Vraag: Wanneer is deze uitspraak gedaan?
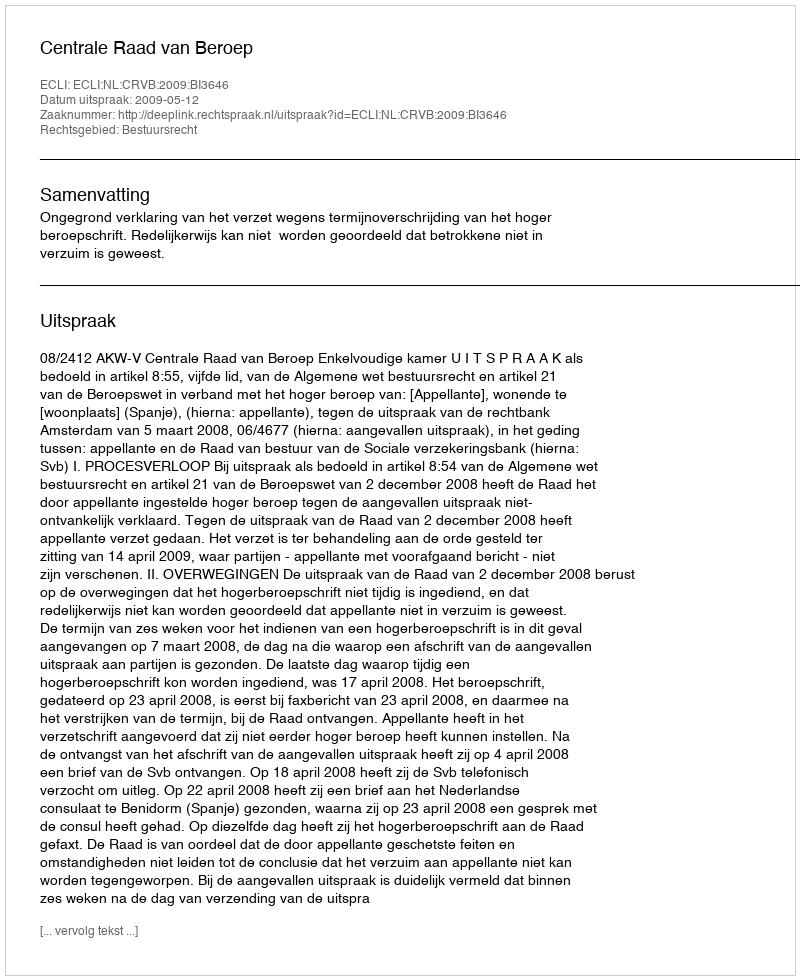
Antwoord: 2009-05-12